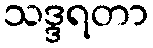
သဒ္ဒရတာ